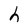
Character: h